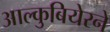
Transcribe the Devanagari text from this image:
आल्कुबियेरने